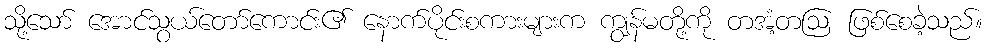
သို့သော် အောင်သွယ်တော်ကောင်း၏ နောက်ပိုင်းစကားများက ကျွန်မတို့ကို တအံ့တဩ ဖြစ်စေခဲ့သည်။